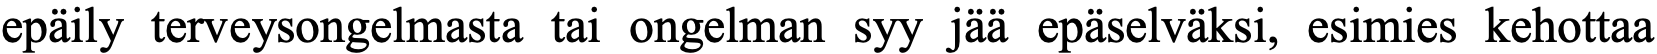
epäily terveysongelmasta tai ongelman syy jää epäselväksi, esimies kehottaa